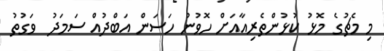
މި މެޗުގެ މޮޅު ކުޅުންތެރިއާއަށް ހޮވުނު ހަސަން އަބްދުއް ސަމަދު  ވަގުތު